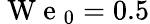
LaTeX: \mathrm{~W~e~}_{0}=0.5